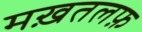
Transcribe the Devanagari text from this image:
मख़तलफ़